Leprosy in India: report of the Leprosy Commission in India, 1890-91
Year: 1890
Disease focus: Leprosy
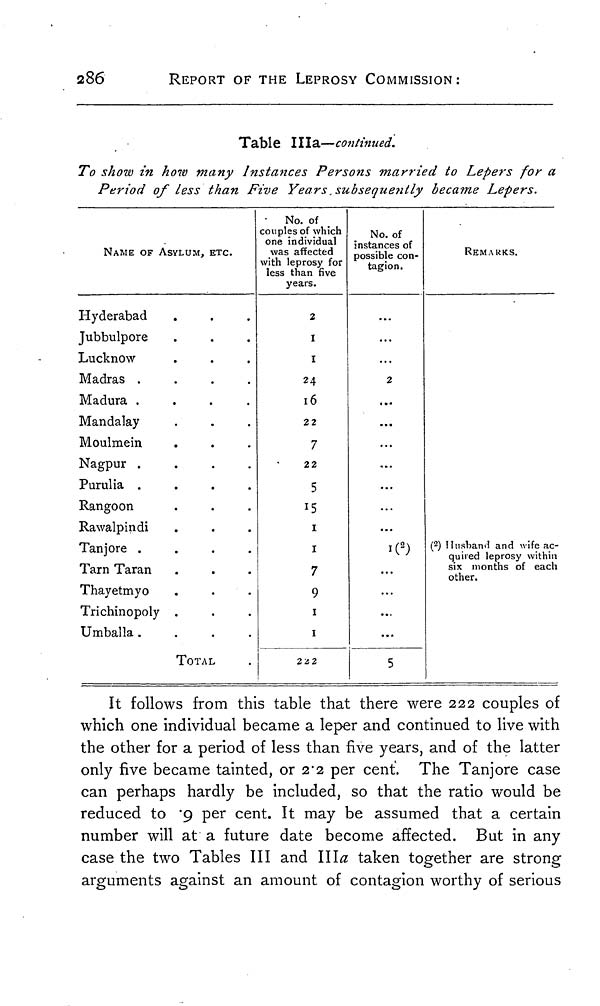
286
REPORT OF THE LEPROSY COMMISSION:
Table IIIa—continued.
To show in how many Instances Persons married to Lepers for a
Period of less than Five Years, subsequently became Lepers.
NAME OF ASYLUM, ETC.
Hyderabad
Jubbulpore
Lucknow
Madras
....
Madura
....
Mandalay
Moulmein
Nagpur
....
Purulia
....
Rangoon
Rawalpindi
Tanjore
....
Tarn Taran
Thayetmyo
Trichinopoly .
Umballa
....
TOTAL
No. of
couples of which
one individual
was affected
with leprosy for
less than five
years.
2
1
1
24
16
22
7
22
5
15
1
1
7
9
1
1
222
No. of
instances of
possible con-
tagion.
...
...
2
...
...
...
...
...
1( 2 )
...
...
...
...
5
REMARKS.
( 2 ) Husband and wife ac-
quired leprosy within
six months of each
other.
It follows from this table that there were 222 couples of
which one individual became a leper and continued to live with
the other for a period of less than five years, and of the latter
only five became tainted, or 2.2 per cent. The Tanjore case
can perhaps hardly be included, so that the ratio would be
reduced to '9 per cent. It may be assumed that a certain
number will at a future date become affected. But in any
case the two Tables III and IIIa taken together are strong
arguments against an amount of contagion worthy of serious